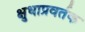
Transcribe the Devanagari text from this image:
क्षुधाप्रवर्तक